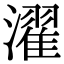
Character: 濯